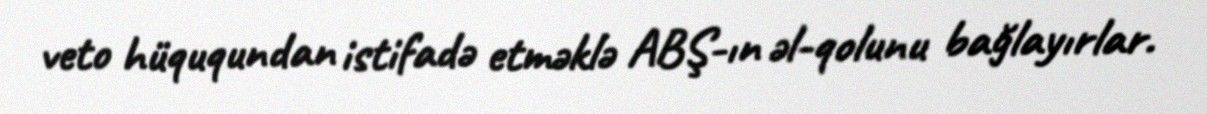
veto hüququndan istifadə etməklə ABŞ-ın əl-qolunu bağlayırlar.